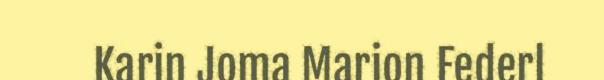
Karin Joma Marion Federl